Scottish Leaving Certificate Examination, 1954
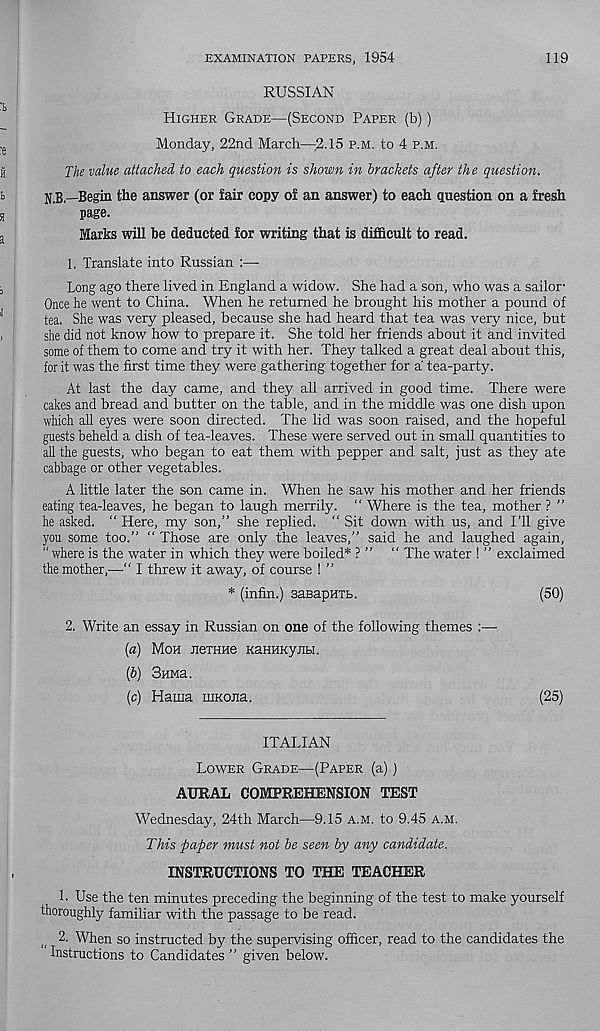
EXAMINATION PAPERS, 1954
119
RUSSIAN
Higher Grade—(Second Paper (b))
Monday, 22nd March—2-15 p.m. to 4 p.m.
The value attached to each question is shown in brackets after the question.
N.B.—Begin the answer (or fair copy of an answer) to each question on a fresh
page.
Marks will be deducted for writing that is difficult to read.
1. Translate into Russian
Long ago there lived in England a widow. She had a son, who was a sailor -
Once he went to China. When he returned he brought his mother a pound of
tea. She was very pleased, because she had heard that tea was very nice, but
she did not know how to prepare it. She told her friends about it and invited
some of them to come and try it with her. They talked a great deal about this,
for it was the first time they were gathering together for a tea-party.
At last the day came, and they all arrived in good time. There were
cakes and bread and butter on the table, and in the middle was one dish upon
which all eyes were soon directed. The lid was soon raised, and the hopeful
guests beheld a dish of tea-leaves. These were served out in small quantities to
all the guests, who began to eat them with pepper and salt, just as they ate
cabbage or other vegetables.
A little later the son came in. When he saw his mother and her friends
eating tea-leaves, he began to laugh merrily. “ Where is the tea, mother ? ”
he asked. “ Here, my son,” she replied. “ Sit down with us, and I’ll give
you some too.” “ Those are only the leaves,” said he and laughed again,
“ where is the water in which they were boiled* ? ” “ The water ! ” exclaimed
the mother,—“ I threw it away, of course ! ”
* (infin.) sasapHTb.
(50)
2. Write an essay in Russian on one of the following themes :—
[а) Moh JiexHue KaHHKyjibi.
(б) 3HMa.
(c) Hama niKona.
(25)
ITALIAN
Lower Grade—(Paper (a))
AURAL COMPREHENSION TEST
Wednesday, 24th March—9.15 a.m. to 9.45 a.m.
This faper must not be seen by any candidate.
INSTRUCTIONS TO THE TEACHER
L Use the ten minutes preceding the beginning of the test to make yourself
thoroughly familiar with the passage to be read.
2. When so instructed by the supervising officer, read to the candidates the
Instructions to Candidates ” given below.